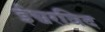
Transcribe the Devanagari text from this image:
ईश्वरविद